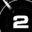
Digit: 2